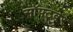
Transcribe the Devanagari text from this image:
सॉफ्‍टवेर